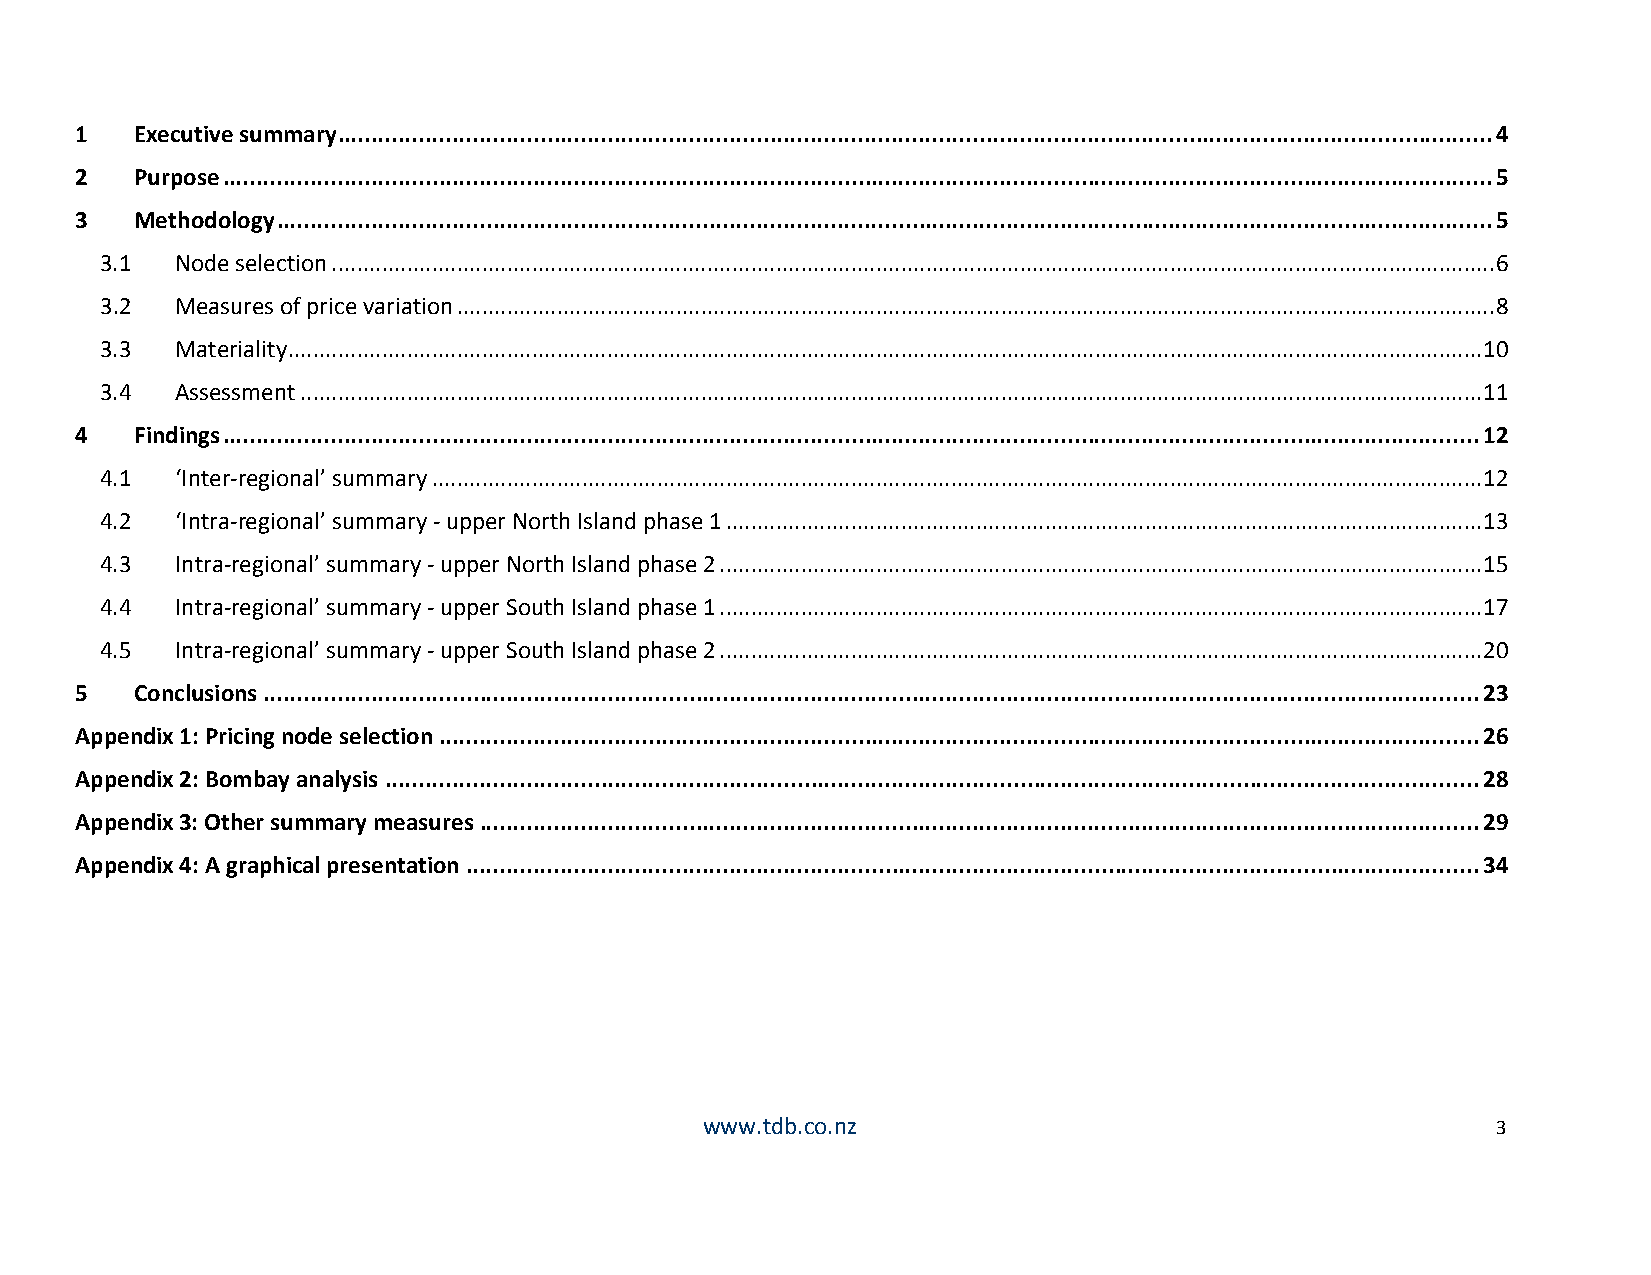
1   Executive summary ........................................................................................................................................................................... 4
 2   Purpose ............................................................................................................................................................................................ 5
 3   Methodology .................................................................................................................................................................................... 5
 3.1  Node selection .......................................................................................................................................................................................... 6
 3.2  Measures of price variation ...................................................................................................................................................................... 8
 3.3  Materiality ............................................................................................................................................................................................... 10
 3.4  Assessment ............................................................................................................................................................................................. 11
 4   Findings .......................................................................................................................................................................................... 12
 4.1  ‘Inter-regional’ summary ........................................................................................................................................................................ 12
 4.2  ‘Intra-regional’ summary - upper North Island phase 1 ......................................................................................................................... 13
 4.3  Intra-regional’ summary - upper North Island phase 2 .......................................................................................................................... 15
 4.4  Intra-regional’ summary - upper South Island phase 1 .......................................................................................................................... 17
 4.5  Intra-regional’ summary - upper South Island phase 2 .......................................................................................................................... 20
 5   Conclusions .................................................................................................................................................................................... 23
 Appendix 1: Pricing node selection .......................................................................................................................................................... 26
 Appendix 2: Bombay analysis .................................................................................................................................................................. 28
 Appendix 3: Other summary measures .................................................................................................................................................... 29
 Appendix 4: A graphical presentation ...................................................................................................................................................... 34
 www.tdb.co.nz                                       3